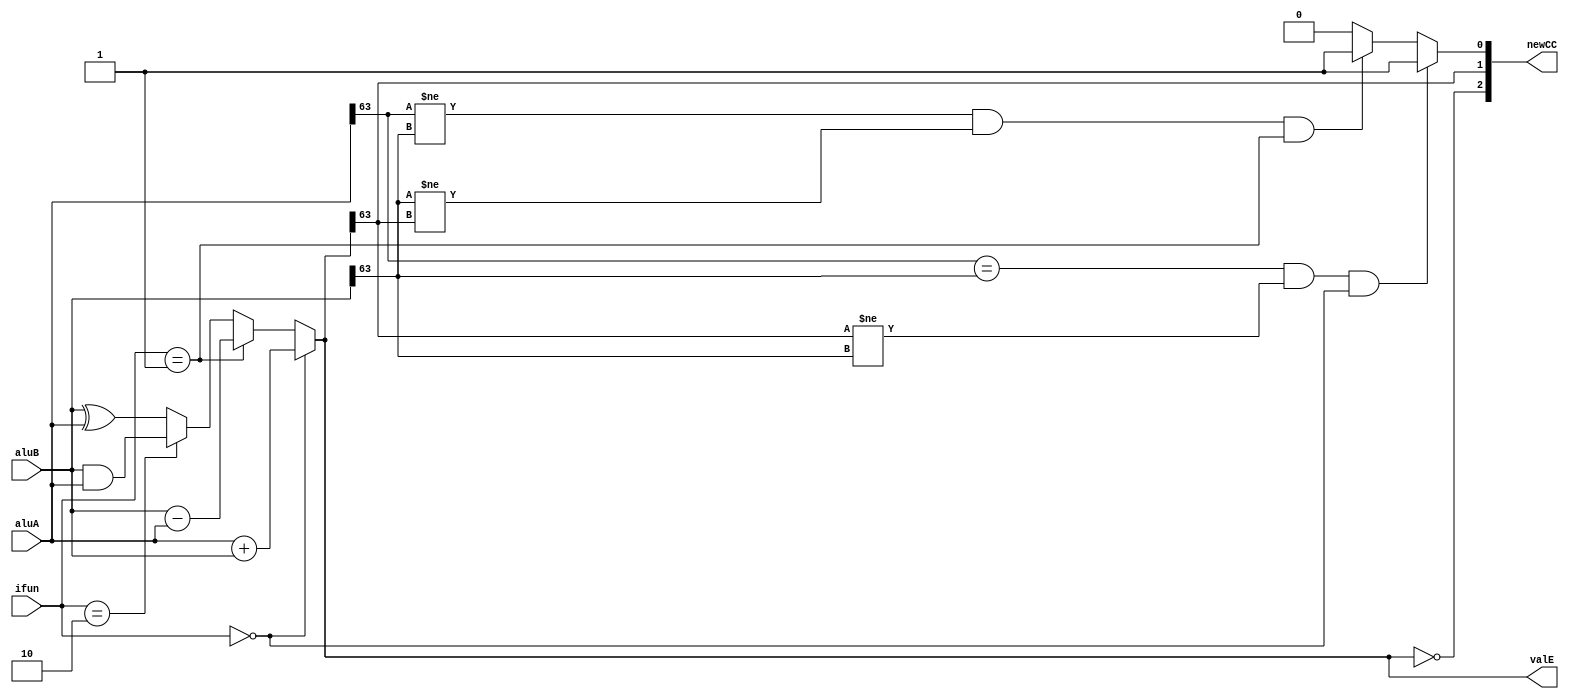
module alu(aluA,aluB,ifun,valE,newCC);
    //
    parameter ALUADD = 4'h0;
    parameter ALUSUB = 4'h1;
    parameter ALUAND = 4'h2;
    parameter ALUXOR = 4'h3;
    input[63:0] aluA;
    input[63:0] aluB;
    input[3:0] ifun;
    output[63:0] valE;
    output[2:0] newCC;
    //valE
    assign valE = ifun==ALUADD ? aluA+aluB:
                  ifun==ALUSUB ? aluB-aluA:
                  ifun==ALUAND ? aluB&aluA:
                  aluB^aluA;
    //newCC
    assign newCC[2] = (valE==0);
    assign newCC[1] = valE[63];
    assign newCC[0] = (aluA[63]==aluB[63])&(valE[63]!=aluB[63])&(ifun==ALUADD) ? 1:
                      (aluA[63]!=aluB[63])&(aluB[63]!=valE[63])&(ifun==ALUSUB) ? 1:
                      0;
endmodule